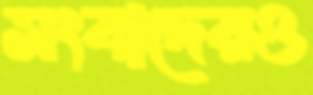
সংবাদেরও